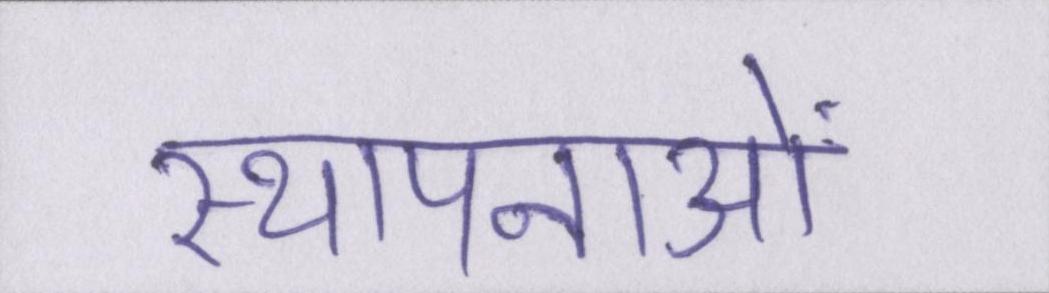
स्थापनाओं